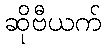
ဆိုဗီယက်